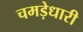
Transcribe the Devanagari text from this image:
चमड़ेधारी